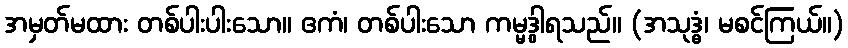
အမှတ်မထား တစ်ပါးပါးသော။ ဧကံ၊ တစ်ပါးသော ကမ္မဒွါရသည်။ (အသုဒ္ဓံ၊ မစင်ကြယ်။)